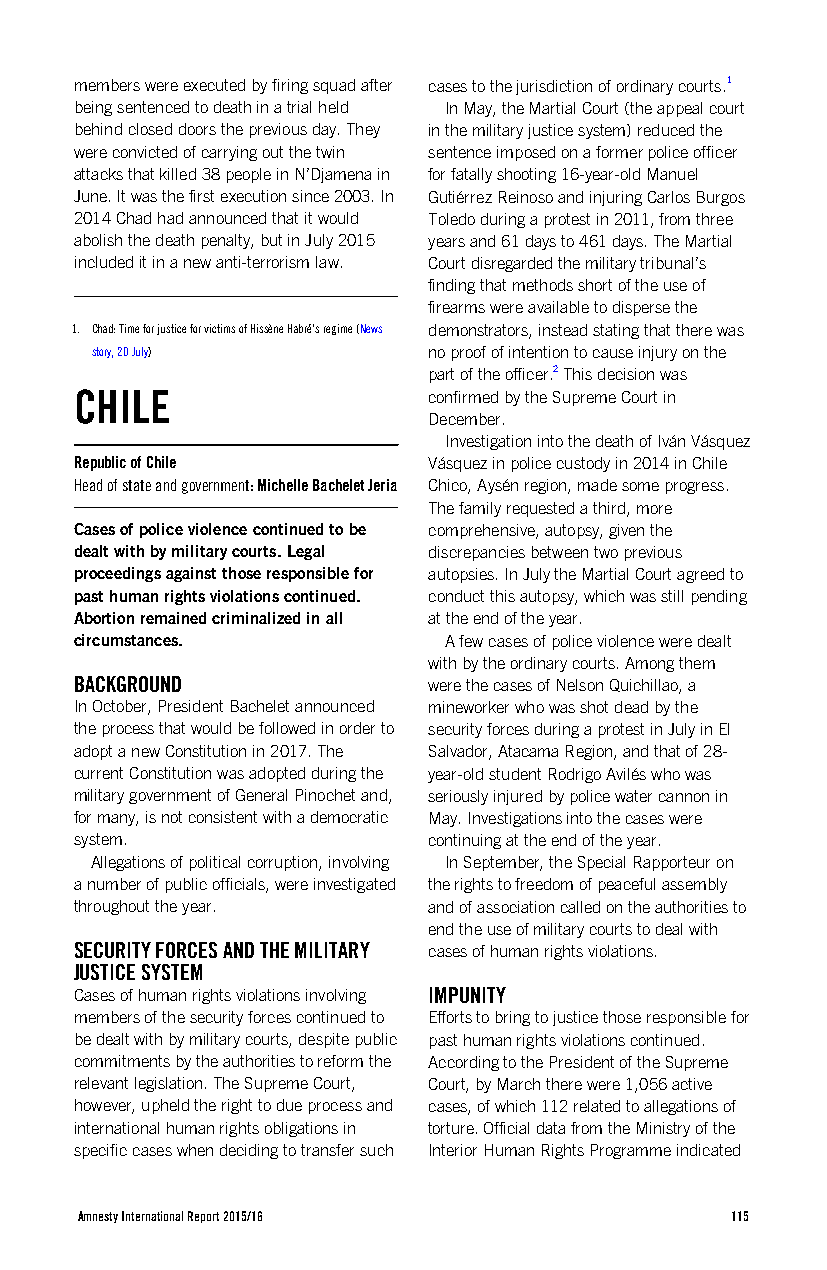
members were executed by firing squad after cases to the jurisdiction of ordinary courts.1
 being sentenced to death in a trial held In May, the Martial Court (the appeal court
 behind closed doors the previous day. They in the military justice system) reduced the
 were convicted of carrying out the twin sentence imposed on a former police officer
 attacks that killed 38 people in N’Djamena in for fatally shooting 16-year-old Manuel
 June. It was the first execution since 2003. In Gutiérrez Reinoso and injuring Carlos Burgos
 2014 Chad had announced that it would Toledo during a protest in 2011, from three
 abolish the death penalty, but in July 2015 years and 61 days to 461 days. The Martial
 included it in a new anti-terrorism law. Court disregarded the military tribunal’s
 finding that methods short of the use of
 firearms were available to disperse the
 1. Chad: Time for justice for victims of Hissène Habré’s regime (News demonstrators, instead stating that there was
 story, 20 July)       no proof of intention to cause injury on the
 part of the officer.2 This decision was
 CHILE                  confirmed by the Supreme Court in
 December.
 Investigation into the death of Iván Vásquez
 Republic of Chile      Vásquez in police custody in 2014 in Chile
 Head of state and government: Michelle Bachelet Jeria Chico, Aysén region, made some progress.
 The family requested a third, more
 Cases of police violence continued to be comprehensive, autopsy, given the
 dealt with by military courts. Legal discrepancies between two previous
 proceedings against those responsible for autopsies. In July the Martial Court agreed to
 past human rights violations continued. conduct this autopsy, which was still pending
 Abortion remained criminalized in all at the end of the year.
 circumstances.          A few cases of police violence were dealt
 with by the ordinary courts. Among them
 BACKGROUND             were the cases of Nelson Quichillao, a
 In October, President Bachelet announced mineworker who was shot dead by the
 the process that would be followed in order to security forces during a protest in July in El
 adopt a new Constitution in 2017. The Salvador, Atacama Region, and that of 28-
 current Constitution was adopted during the year-old student Rodrigo Avilés who was
 military government of General Pinochet and, seriously injured by police water cannon in
 for many, is not consistent with a democratic May. Investigations into the cases were
 system.                continuing at the end of the year.
 Allegations of political corruption, involving In September, the Special Rapporteur on
 a number of public officials, were investigated the rights to freedom of peaceful assembly
 throughout the year.   and of association called on the authorities to
 end the use of military courts to deal with
 SECURITY FORCES AND THE MILITARY cases of human rights violations.
 JUSTICE SYSTEM
 Cases of human rights violations involving IMPUNITY
 members of the security forces continued to Efforts to bring to justice those responsible for
 be dealt with by military courts, despite public past human rights violations continued.
 commitments by the authorities to reform the According to the President of the Supreme
 relevant legislation. The Supreme Court, Court, by March there were 1,056 active
 however, upheld the right to due process and cases, of which 112 related to allegations of
 international human rights obligations in torture. Official data from the Ministry of the
 specific cases when deciding to transfer such Interior Human Rights Programme indicated
 Amnesty International Report 2015/16       115